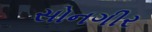
સોનગીર